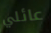
عائلي